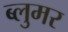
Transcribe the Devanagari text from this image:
ब्लुमर